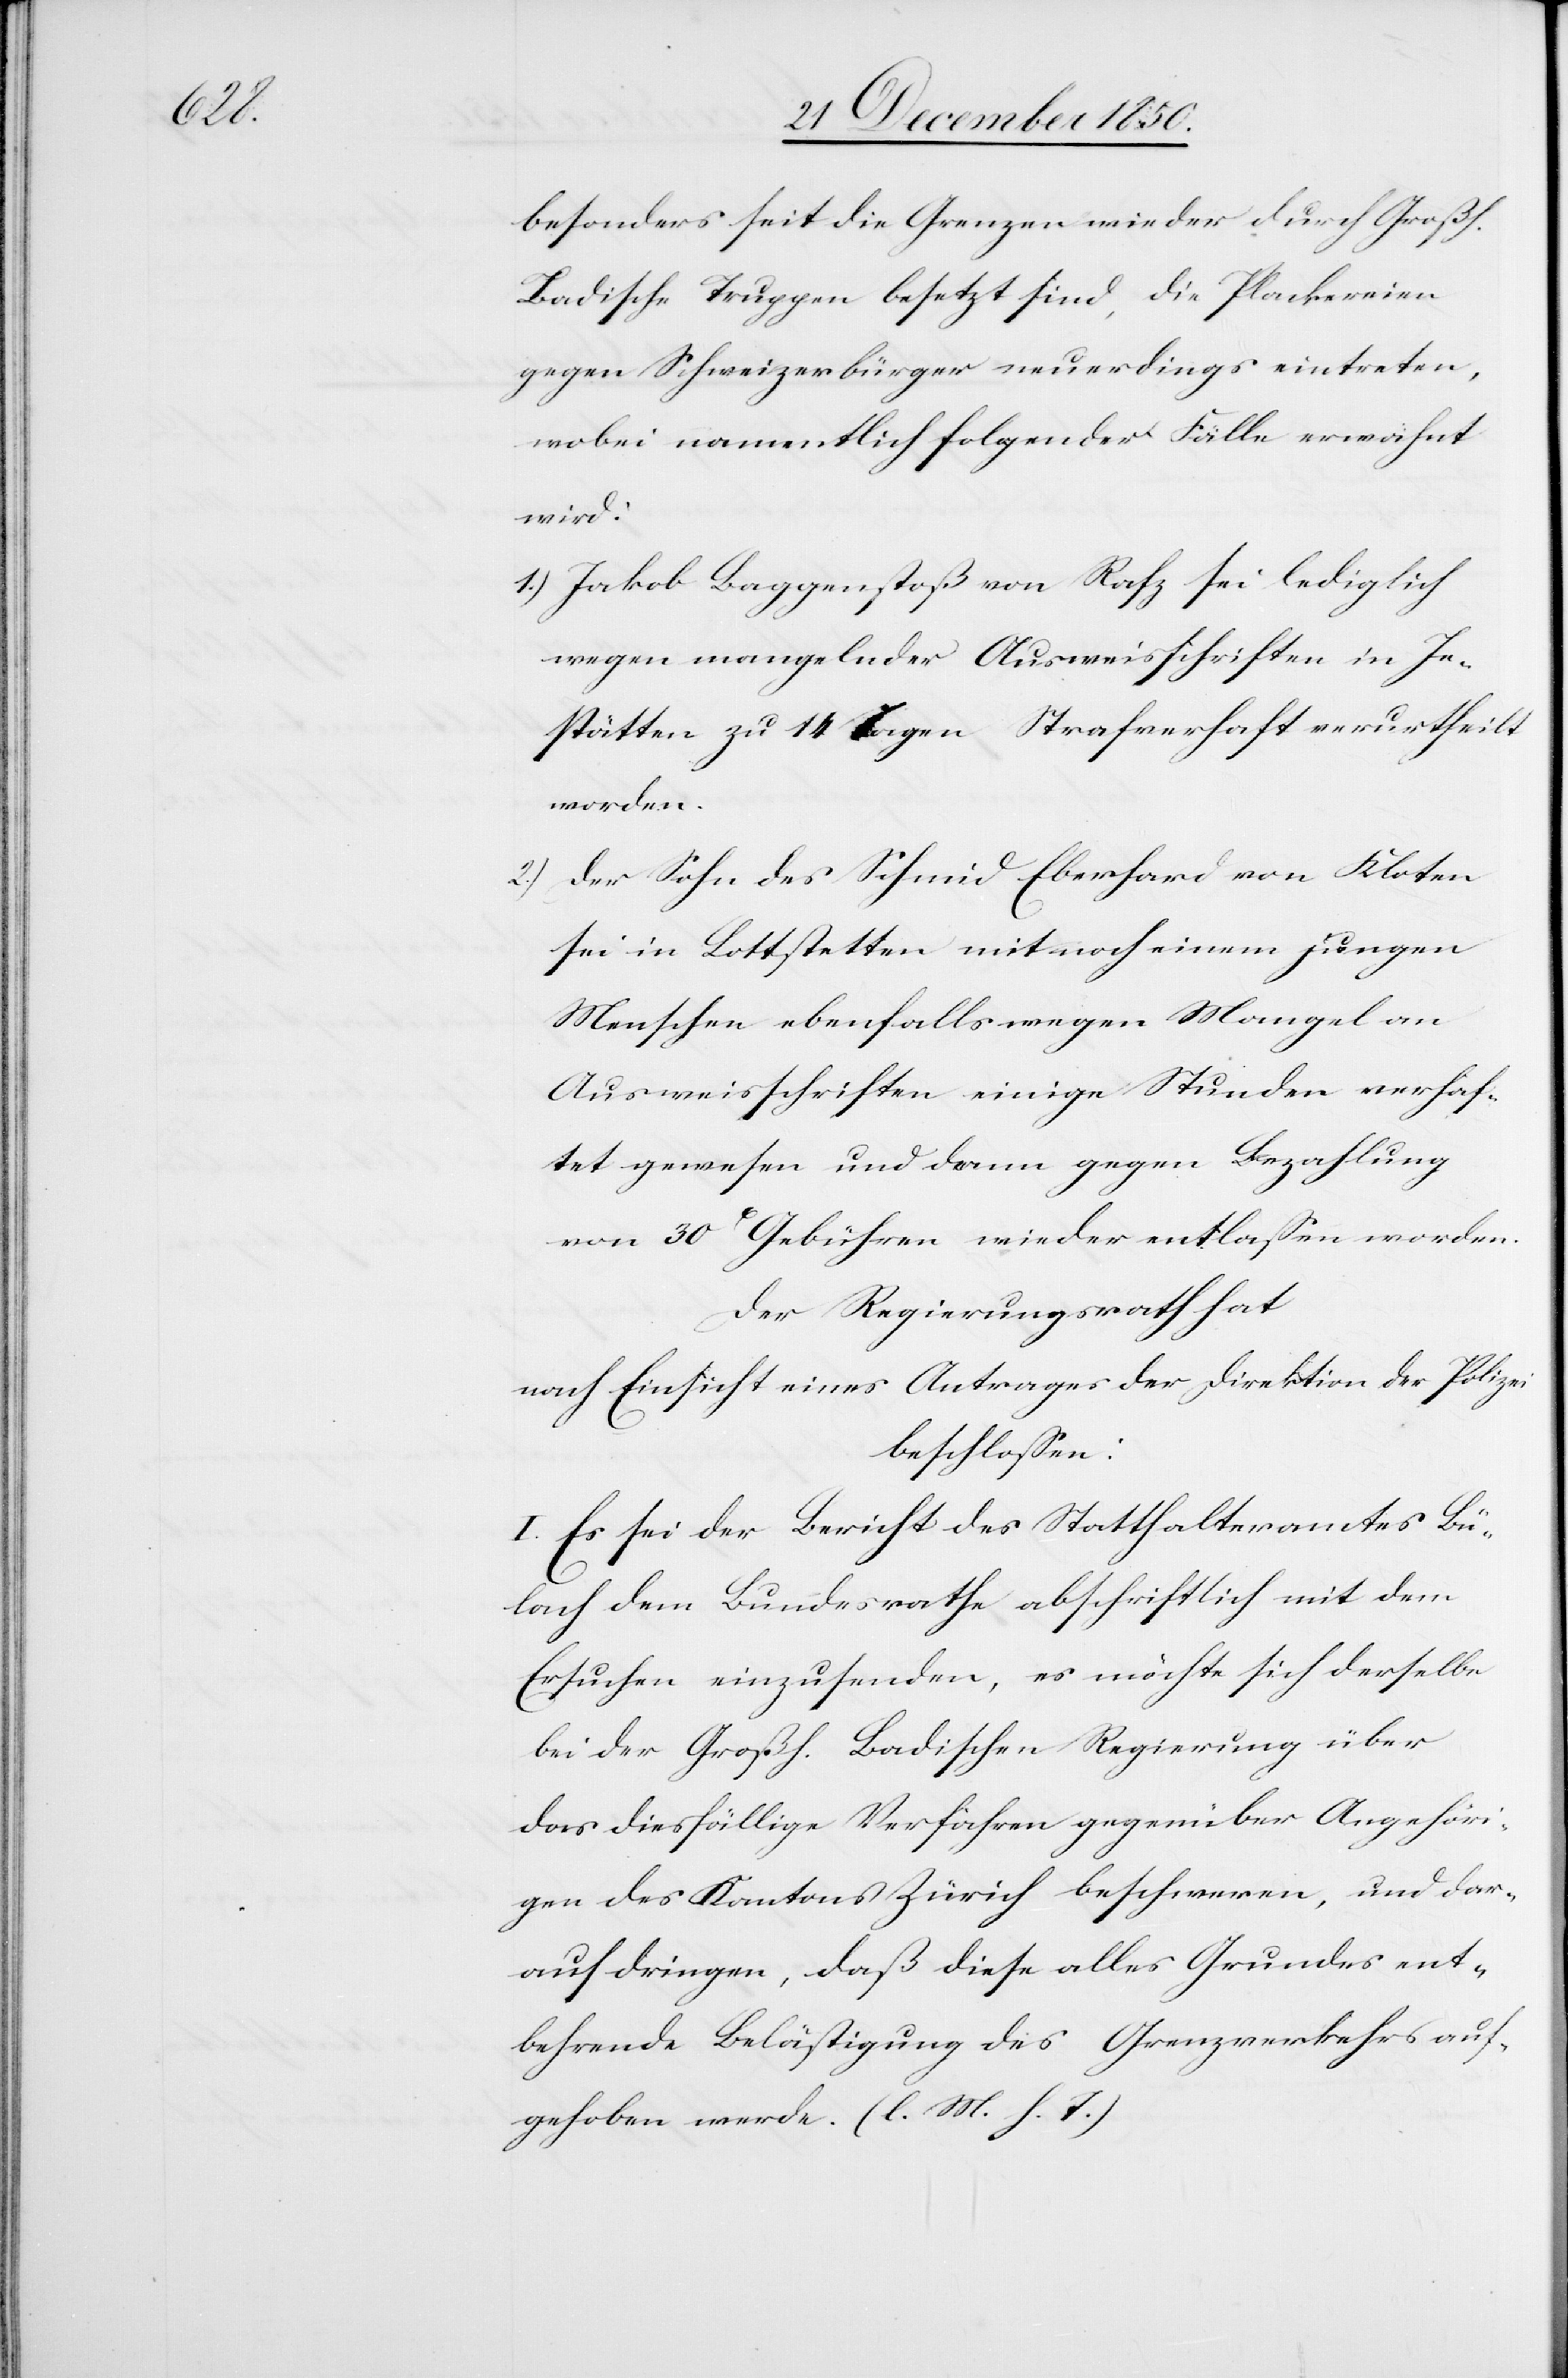
besonders seit die Grenzen wieder durch Großh.
Badische Truppen besetzt sind, die Plackereien
gegen Schweizerbürger neuerdings eintreten,
wobei namentlich folgender Fälle erwähnt
wird:
1.) Jakob Baggenstoß von Rafz sei lediglich
wegen mangelnder Ausweisschriften in Je¬
stätten zu 14 Tagen Strafverhaft verurtheilt
worden.
2.) Der Sohn des Schmid Eberhard von Kloten
sei in Lottstetten mit noch einem jungen
Menschen ebenfalls wegen Mangel an
Ausweisschriften einige Stunden verhaf¬
tet gewesen und dann gegen Bezahlung
von 30 Gebühren wieder entlassen worden.
Der Regierungsrath hat
nach Einsicht eines Antrages der Direktion der Polizei
beschlossen:
I. Es sei der Bericht des Statthalteramtes Bü¬
lach dem Bundesrathe abschriftlich mit dem
Ersuchen einzusenden, es möchte sich derselbe
bei der Großh. Badischen Regierung über
das diesfällige Verfahren gegenüber Angehöri¬
gen des Kantons Zürich beschweren, und dar¬
auf dringen, daß diese alles [recte: allen]
entbehrende Belästigung des Grenzverkehrs auf¬
gehoben werde. (l. M. h. T.)